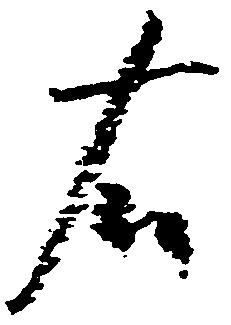
右